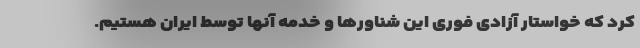
کرد که خواستار آزادی فوری این شناورها و خدمه آنها توسط ایران هستیم.